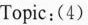
Topic:(4)